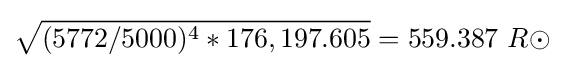
{\sqrt {(5772/5000)^{4}*176,197.605}}=559.387\ R\odot